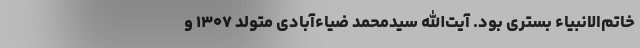
خاتم‌الانبیاء بستری بود. آیت‌الله سیدمحمد ضیاء‌آبادی متولد ۱۳۰۷ و